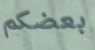
بعضكم